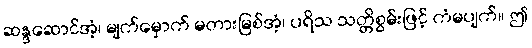
ဆန္ဒဆောင်အံ့၊ မျက်မှောက် မတားမြစ်အံ့၊ ပရိသ သတ္တိစွမ်းဖြင့် ကံမပျက်။ ဤ